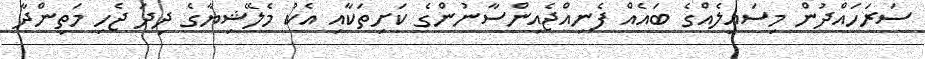
ސަރަހައްދުން މިސައިލެއްގެ ބައެއް ފެނިއްޖެއިންސާނުންގެ ކަށިތަކާއި އެކު މެލޭޝިޔާގެ ދިދަ ޖެހި މަތިންދާ